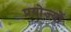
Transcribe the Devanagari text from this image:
प्रयोज्यों